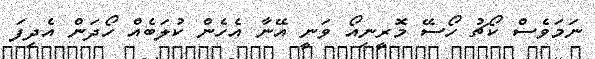
ނަމަވެސް ކޯޗު ހޯސޭ މޮރީނިއޯ ވަނީ އޭނާ އެހެން ކުލަބެއް ހޯދަން އެދިފަ